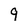
Character: 9